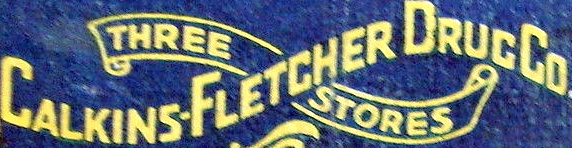
CALKING-FLETCHER DRUGCo